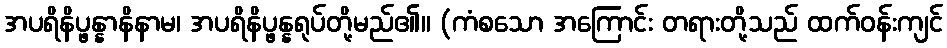
အပရိနိပ္ဖန္နာနိနာမ၊ အပရိနိပ္ဖန္နရုပ်တို့မည်၏။ (ကံစသော အကြောင်း တရားတို့သည် ထက်ဝန်းကျင်